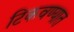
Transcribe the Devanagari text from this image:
टिकवण्यात